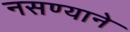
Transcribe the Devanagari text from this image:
नसण्याने